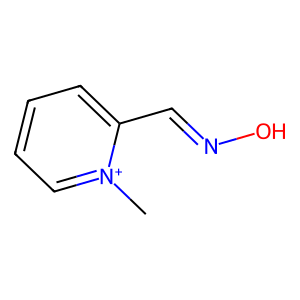
SMILES: C[n+]1ccccc1C=NO
Inhibits HIV replication: No